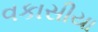
વકાસીયા